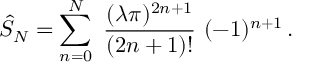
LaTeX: \hat { S } _ { N } = \sum _ { n = 0 } ^ { N } \ { \frac { ( \lambda \pi ) ^ { 2 n + 1 } } { ( 2 n + 1 ) ! } } \ ( - 1 ) ^ { n + 1 } \, .